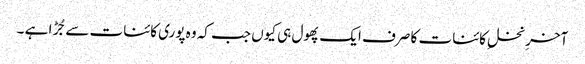
آخرِ نخلِ کائنات کا صرف ایک پھول ہی کیوں جب کہ وہ پوری کائنات سے جُڑا ہے ۔